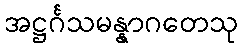
အဋ္ဌင်္ဂသမန္နာဂတေသု